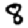
Digit: 8